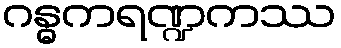
ဂန္ဓကရဏ္ဍကဿ